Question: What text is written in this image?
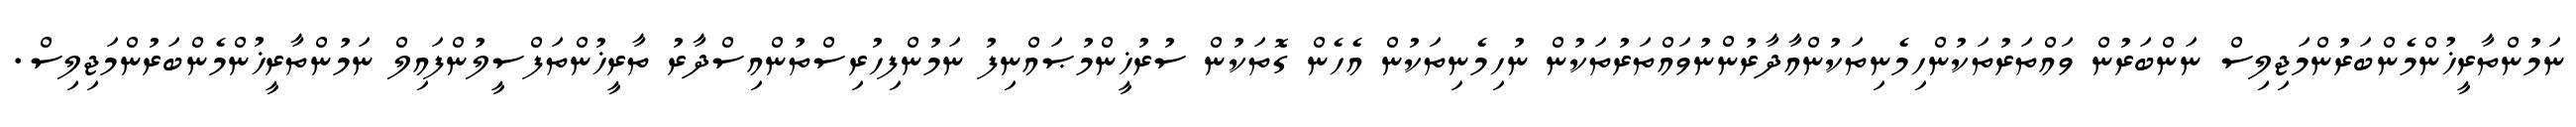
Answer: ނަމުންތާރީޚުންމެންބަރުންމަޖިލިސް ނަންބަރުން ވައްތަރުތަކުންހިމެނިތަކުންއާދާރުންނުވައްތަރުތަކުން ނުހިމެނިތަކުން އެހެން ގޮތަކުން ސުރުޚީންމުޞައްނިފު ނަމުންފިހުރިސްތުންއިސްދާރު ތާރީޚުންތަފްސީލުންފައިލް ނަމުންތާރީޚުންމެންބަރުންމަޖިލިސް.